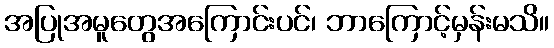
အပြုအမူတွေအကြောင်းပင်၊ ဘာကြောင့်မှန်းမသိ။